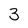
Character: 3